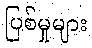
ပြစ်မှုများ